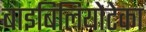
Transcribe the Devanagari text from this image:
बाइबिलियोटेका